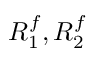
R _ { 1 } ^ { f } , R _ { 2 } ^ { f }